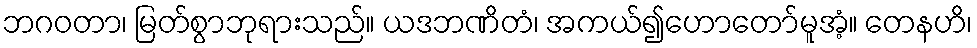
ဘဂဝတာ၊ မြတ်စွာဘုရားသည်။ ယဒဘဏိတံ၊ အကယ်၍ဟောတော်မူအံ့။ တေနဟိ၊